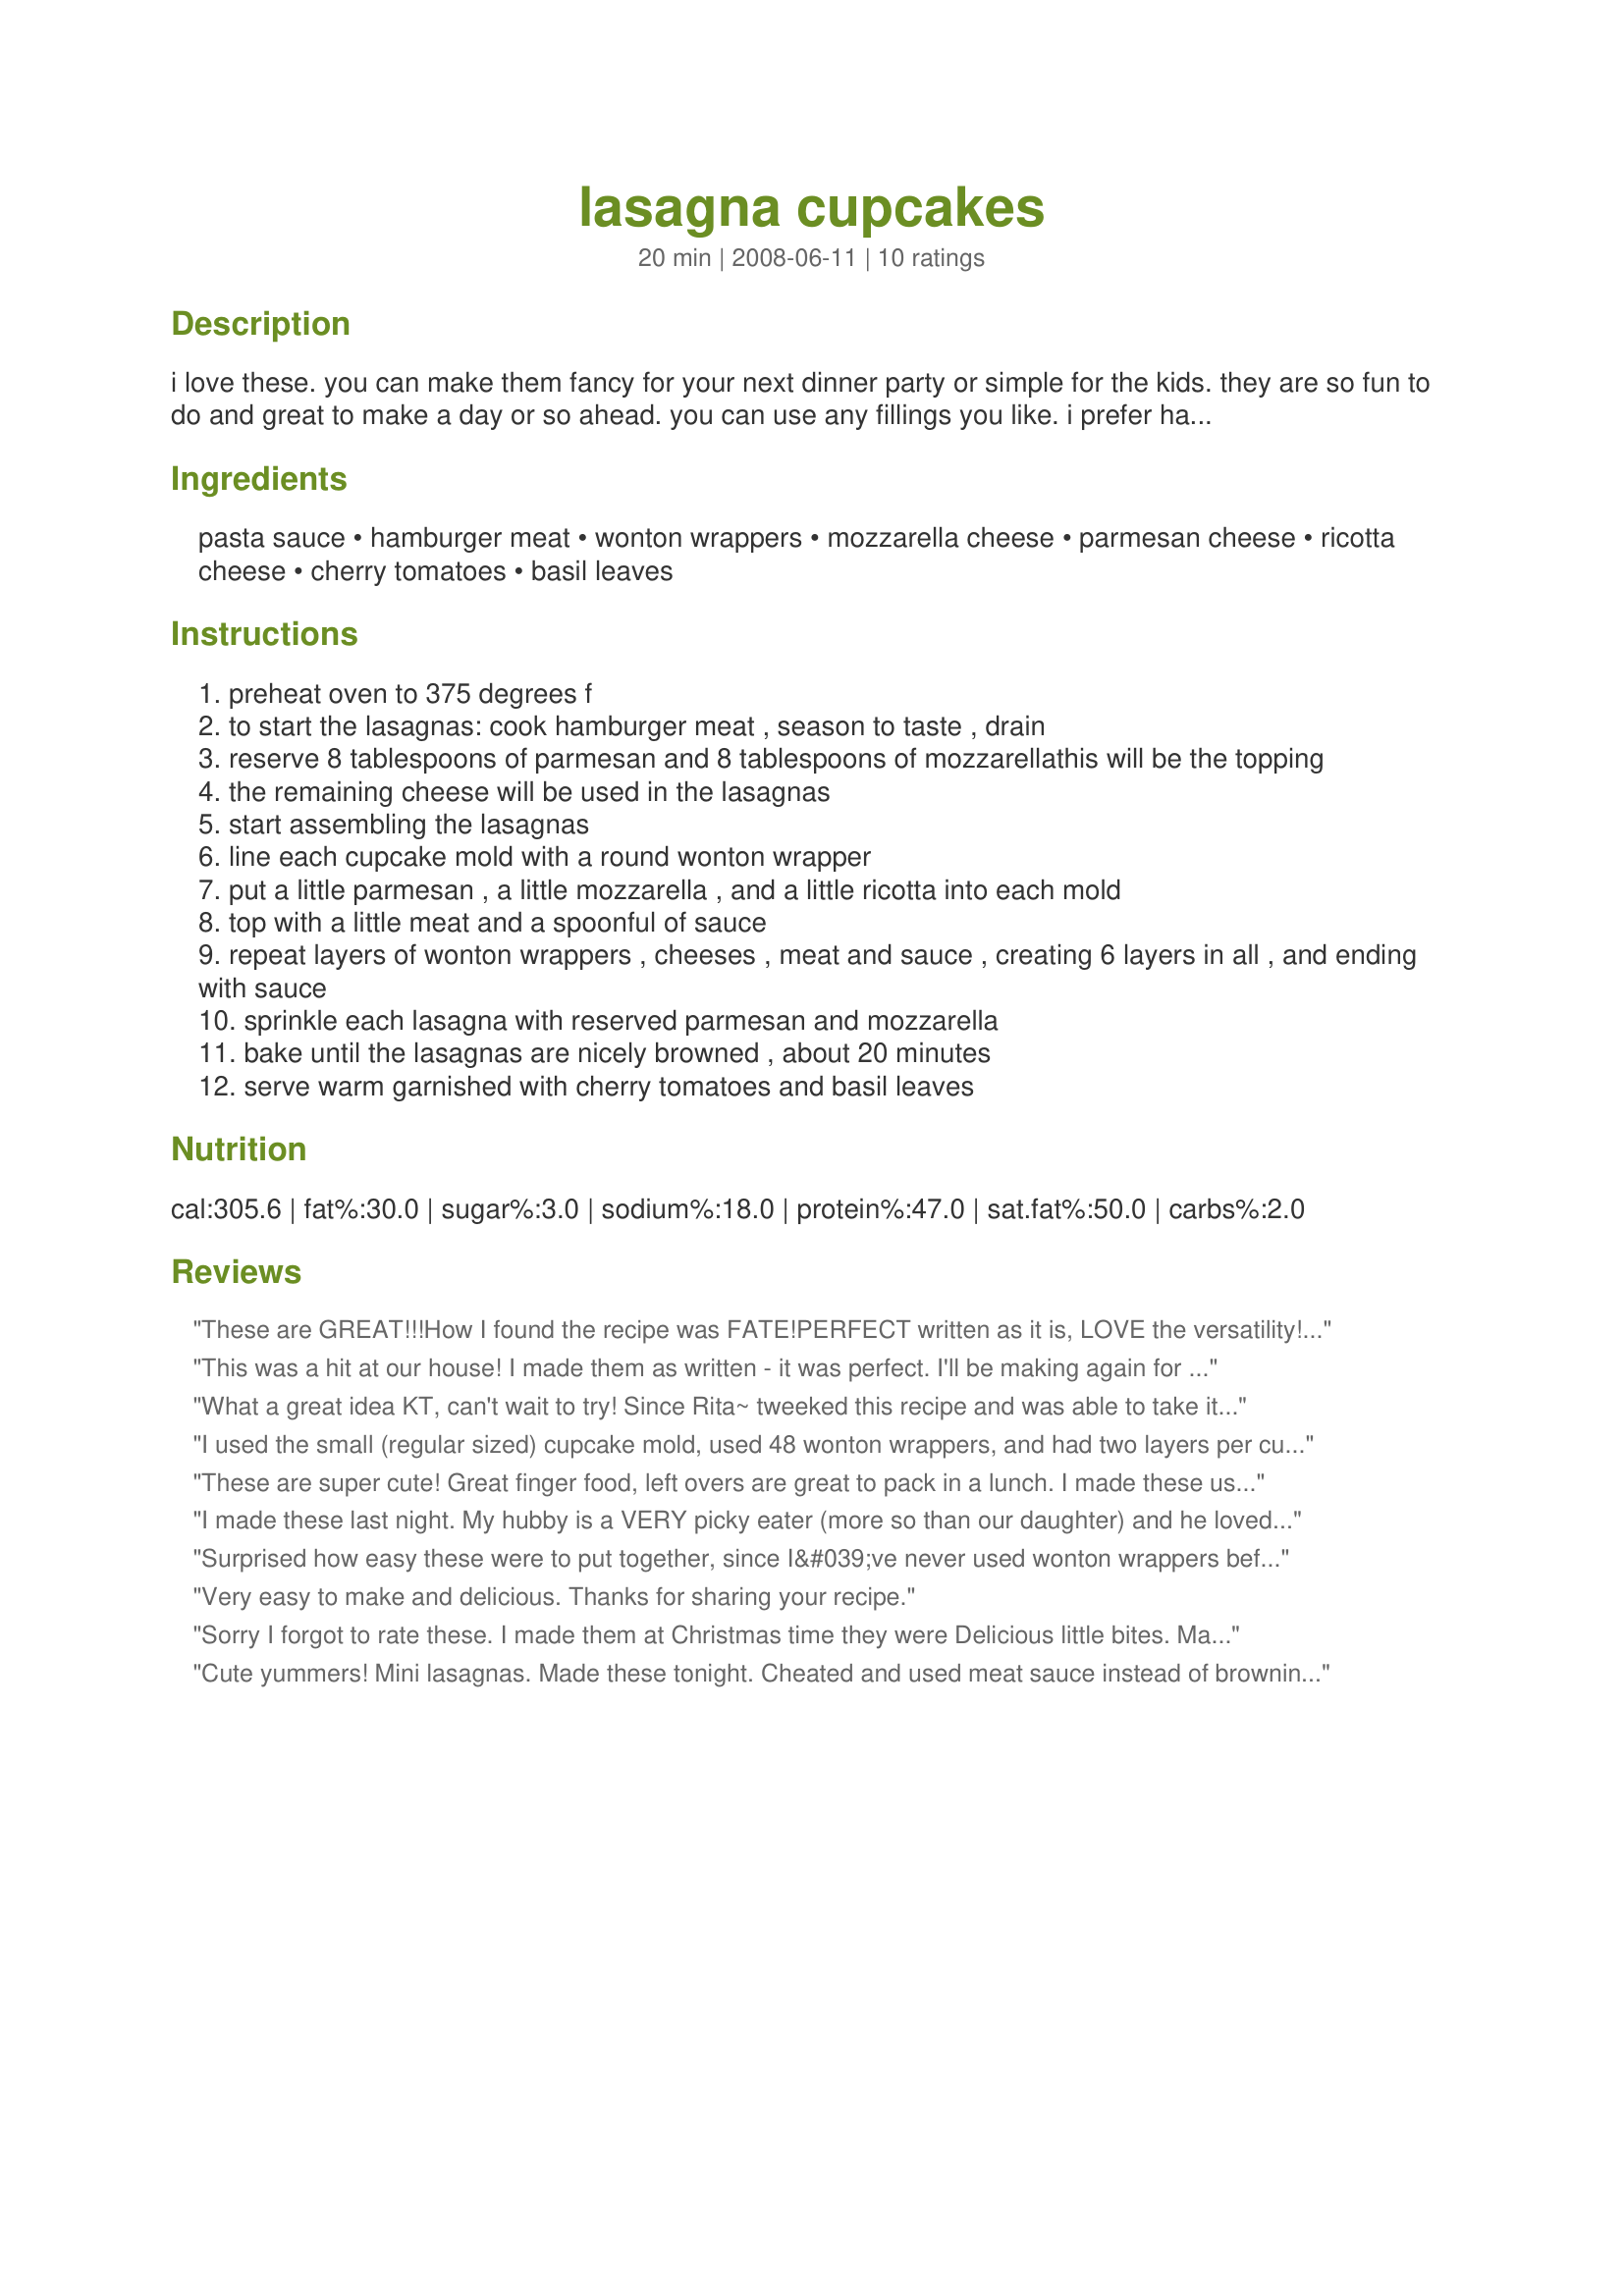
lasagna cupcakes
Preparation time: 20 minutes

i love these. you can make them fancy for your next dinner party or simple for the kids. they are so fun to do and great to make a day or so ahead. you can use any fillings you like. i prefer hamburger meat but you could use anything from spinach to sausage. i haven't had luck in finding round wonton wrappers to i cut the square ones and then line my cupcake pan. when you are done layering you can pipe ricotta on top to make it look like a real cupcake....i don't do that and found it is just as good.

Ingredients:
pasta sauce, hamburger meat, wonton wrappers, mozzarella cheese, parmesan cheese, ricotta cheese, cherry tomatoes, basil leaves

Steps:
preheat oven to 375 degrees f
to start the lasagnas: cook hamburger meat , season to taste , drain
reserve 8 tablespoons of parmesan and 8 tablespoons of mozzarellathis will be the topping
the remaining cheese will be used in the lasagnas
start assembling the lasagnas
line each cupcake mold with a round wonton wrapper
put a little parmesan , a little mozzarella , and a little ricotta into each mold
top with a little meat and a spoonful of sauce
repeat layers of wonton wrappers , cheeses , meat and sauce , creating 6 layers in all , and ending with sauce
sprinkle each lasagna with reserved parmesan and mozzarella
bake until the lasagnas are nicely browned , about 20 minutes
serve warm garnished with cherry tomatoes and basil leaves

Reviews:
These are GREAT!!!<br/>How I found the recipe was FATE!<br/>PERFECT written as it is, LOVE the versatility!<br/>OK, was sort of paying attention while being distracted by DH! lol<br/>I used square wontons, two to a cupcake,<br/>Used silicone, so no oil spray to bake,<br/>Did each later dropped in by a spoon,<br/>Then used a fork to lightly pound down, am OVER the moon!<br/>Did not do a double layer as honestly, don't think you need!<br/>This makes for a fun, healthy, interesting feed!<br/>Made my own tomato sauce, DOES make a difference, true!<br/>Ran out of fresh basil, used dried and was STILL yummy too!<br/>Mine made 12, did I MENTION EASY to make!<br/>Also added microplaned fresh garlic for my health sake!<br/>WHOO HOO!
This was a hit at our house! I made them as written - it was perfect. I'll be making again for us and for my bunco group!
What a great idea KT, can't wait to try! Since Rita~ tweeked this recipe and was able to take it all the way to the Cooking Channel (congrats to anyone who is able to achieve this), I hope you get kudos for the original idea.
I used the small (regular sized) cupcake mold, used 48 wonton wrappers, and had two layers per cupcake (24 cupcakes). I left the square wrappers, without cutting into circles, and enjoyed the crispy edges. When placing the second wonton, make sure it offsets the first to create a fan type of look. I also started with italian sausage. These are so versatile - and easy! Will be making a version of these many times over, I'm sure.
These are super cute! Great finger food, left overs are great to pack in a lunch. I made these using a large 6 cupcake tin. Not the 12 size one. I used 6 layers of wontons per cupcake that making 36 wontons. Not the 8 as the recipe states. I used half the beef adding minced peppers, mushrooms, onions and roasted garlic. Added pesto to the mixture skipping the red sauce. To the cheeses I added 1 egg, parsley, and black pepper. Quick to put together and very filling. Posted this Recipe #444040 a take off of this recipe. I will be making these on March 20, 2011 at 8:00 on the cooking Channel.
I made these last night. My hubby is a VERY picky eater (more so than our daughter) and he loved these. This will be the only Lasagna that I make from now on. Thanks for the recipe, so quick and easy. I always have cooked hamburger in my freezer so this was a big plus recipe for me only one pan to clean.
Surprised how easy these were to put together, since I&#039;ve never used wonton wrappers before. I did add Italian sausage to the ground beef just because that&#039;s what my family likes in lasagna. Made some extra and froze them for a quick go-to snack. Since I love extra sauce...might try dipping them in some pasta sauce.
Very easy to make and delicious. Thanks for sharing your recipe.
Sorry I forgot to rate these. I made them at Christmas time they were Delicious little bites. Made them in mini muffin tins and served them as an appetizer.&lt;br/&gt;They also freeze and reheat beautifully. Thanks for sharing
Cute yummers! Mini lasagnas. Made these tonight. Cheated and used meat sauce instead of browning meat. Wonder if you could freeze them -raw- and then bake later? Thank you KT.
